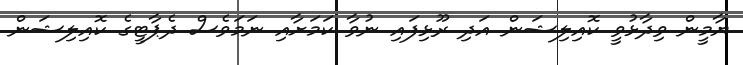
ޔާމީން ވިދާޅުވީ ކޮއިލިޝަން އަދި ރޫޅިފައި ނުވާ ކަމަށާއި ނަމަވެސް ދެޕާޓީގެ ކޮއިލިޝަން